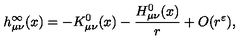
h _ { \mu \nu } ^ { \infty } ( x ) = - K _ { \mu \nu } ^ { 0 } ( x ) - \frac { H _ { \mu \nu } ^ { 0 } ( x ) } { r } + O ( r ^ { \varepsilon } ) ,